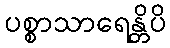
ပစ္စာသာရေန္တိပိ